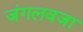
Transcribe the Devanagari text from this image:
जंगलवजा